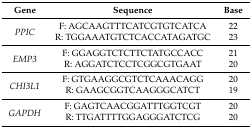
| Gene | Sequence | Base |
 | --- | --- | --- |
 | <ROWSPAN=2> PPIC | F: AGCAAGTTTCATCGTGTCATCA | 22 |
 | R: TGGAAATGTCTCACCATAGATGC | 23 |
 | <ROWSPAN=2> EMP3 | F: GGAGGTCTCTTCTATGCCACC | 21 |
 | R: AGGATCTCCTCGGCGTGAAT | 20 |
 | <ROWSPAN=2> CHI3L1 | F: GTGAAGGCGTCTCAAACAGG | 20 |
 | R: GAAGCGGTCAAGGGCATCT | 19 |
 | <ROWSPAN=2> GAPDH | F: GAGTCAACGGATTTGGTCGT | 20 |
 | R: TTGATTTTGGAGGGATCTCG | 20 |